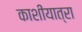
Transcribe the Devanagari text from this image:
काशीयात्रा